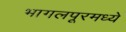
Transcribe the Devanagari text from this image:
भागलपूरमध्ये